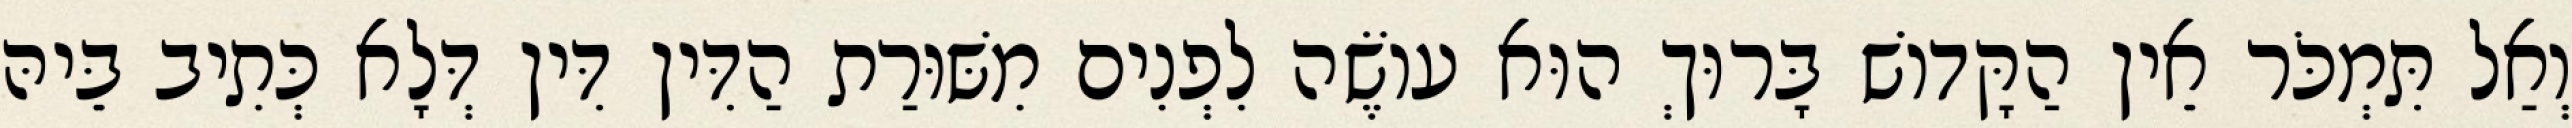
וְאַל תִּמְכֹּר אֵין הַקָּדוֹשׁ בָּרוּךְ הוּא עוֹשֶׂה לִפְנִים מִשּׁוּרַת הַדִּין דִּין דְּלָא כְּתִיב בֵּיהּ